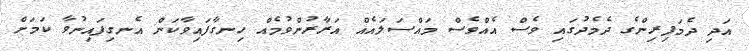
އަދި ދެމަފިރިންގެ ދެމެދުގައި ވެސް އެއްވެސް މައްސަލައެއް އަރާރުންވުމެއް ހިނގާފައިވާކަން އެނގިފައިނުވާ ކަމަށް